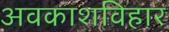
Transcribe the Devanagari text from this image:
अवकाशविहार